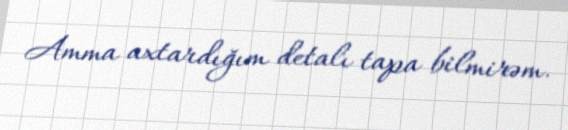
Amma axtardığım detalı tapa bilmirəm.